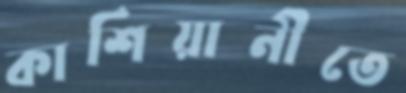
কাশিয়ানীতে